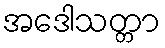
အဒေါသတ္တာ